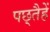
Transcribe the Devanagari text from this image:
पछ्तैहें